Rakvere_kinnistusamet, lk 13
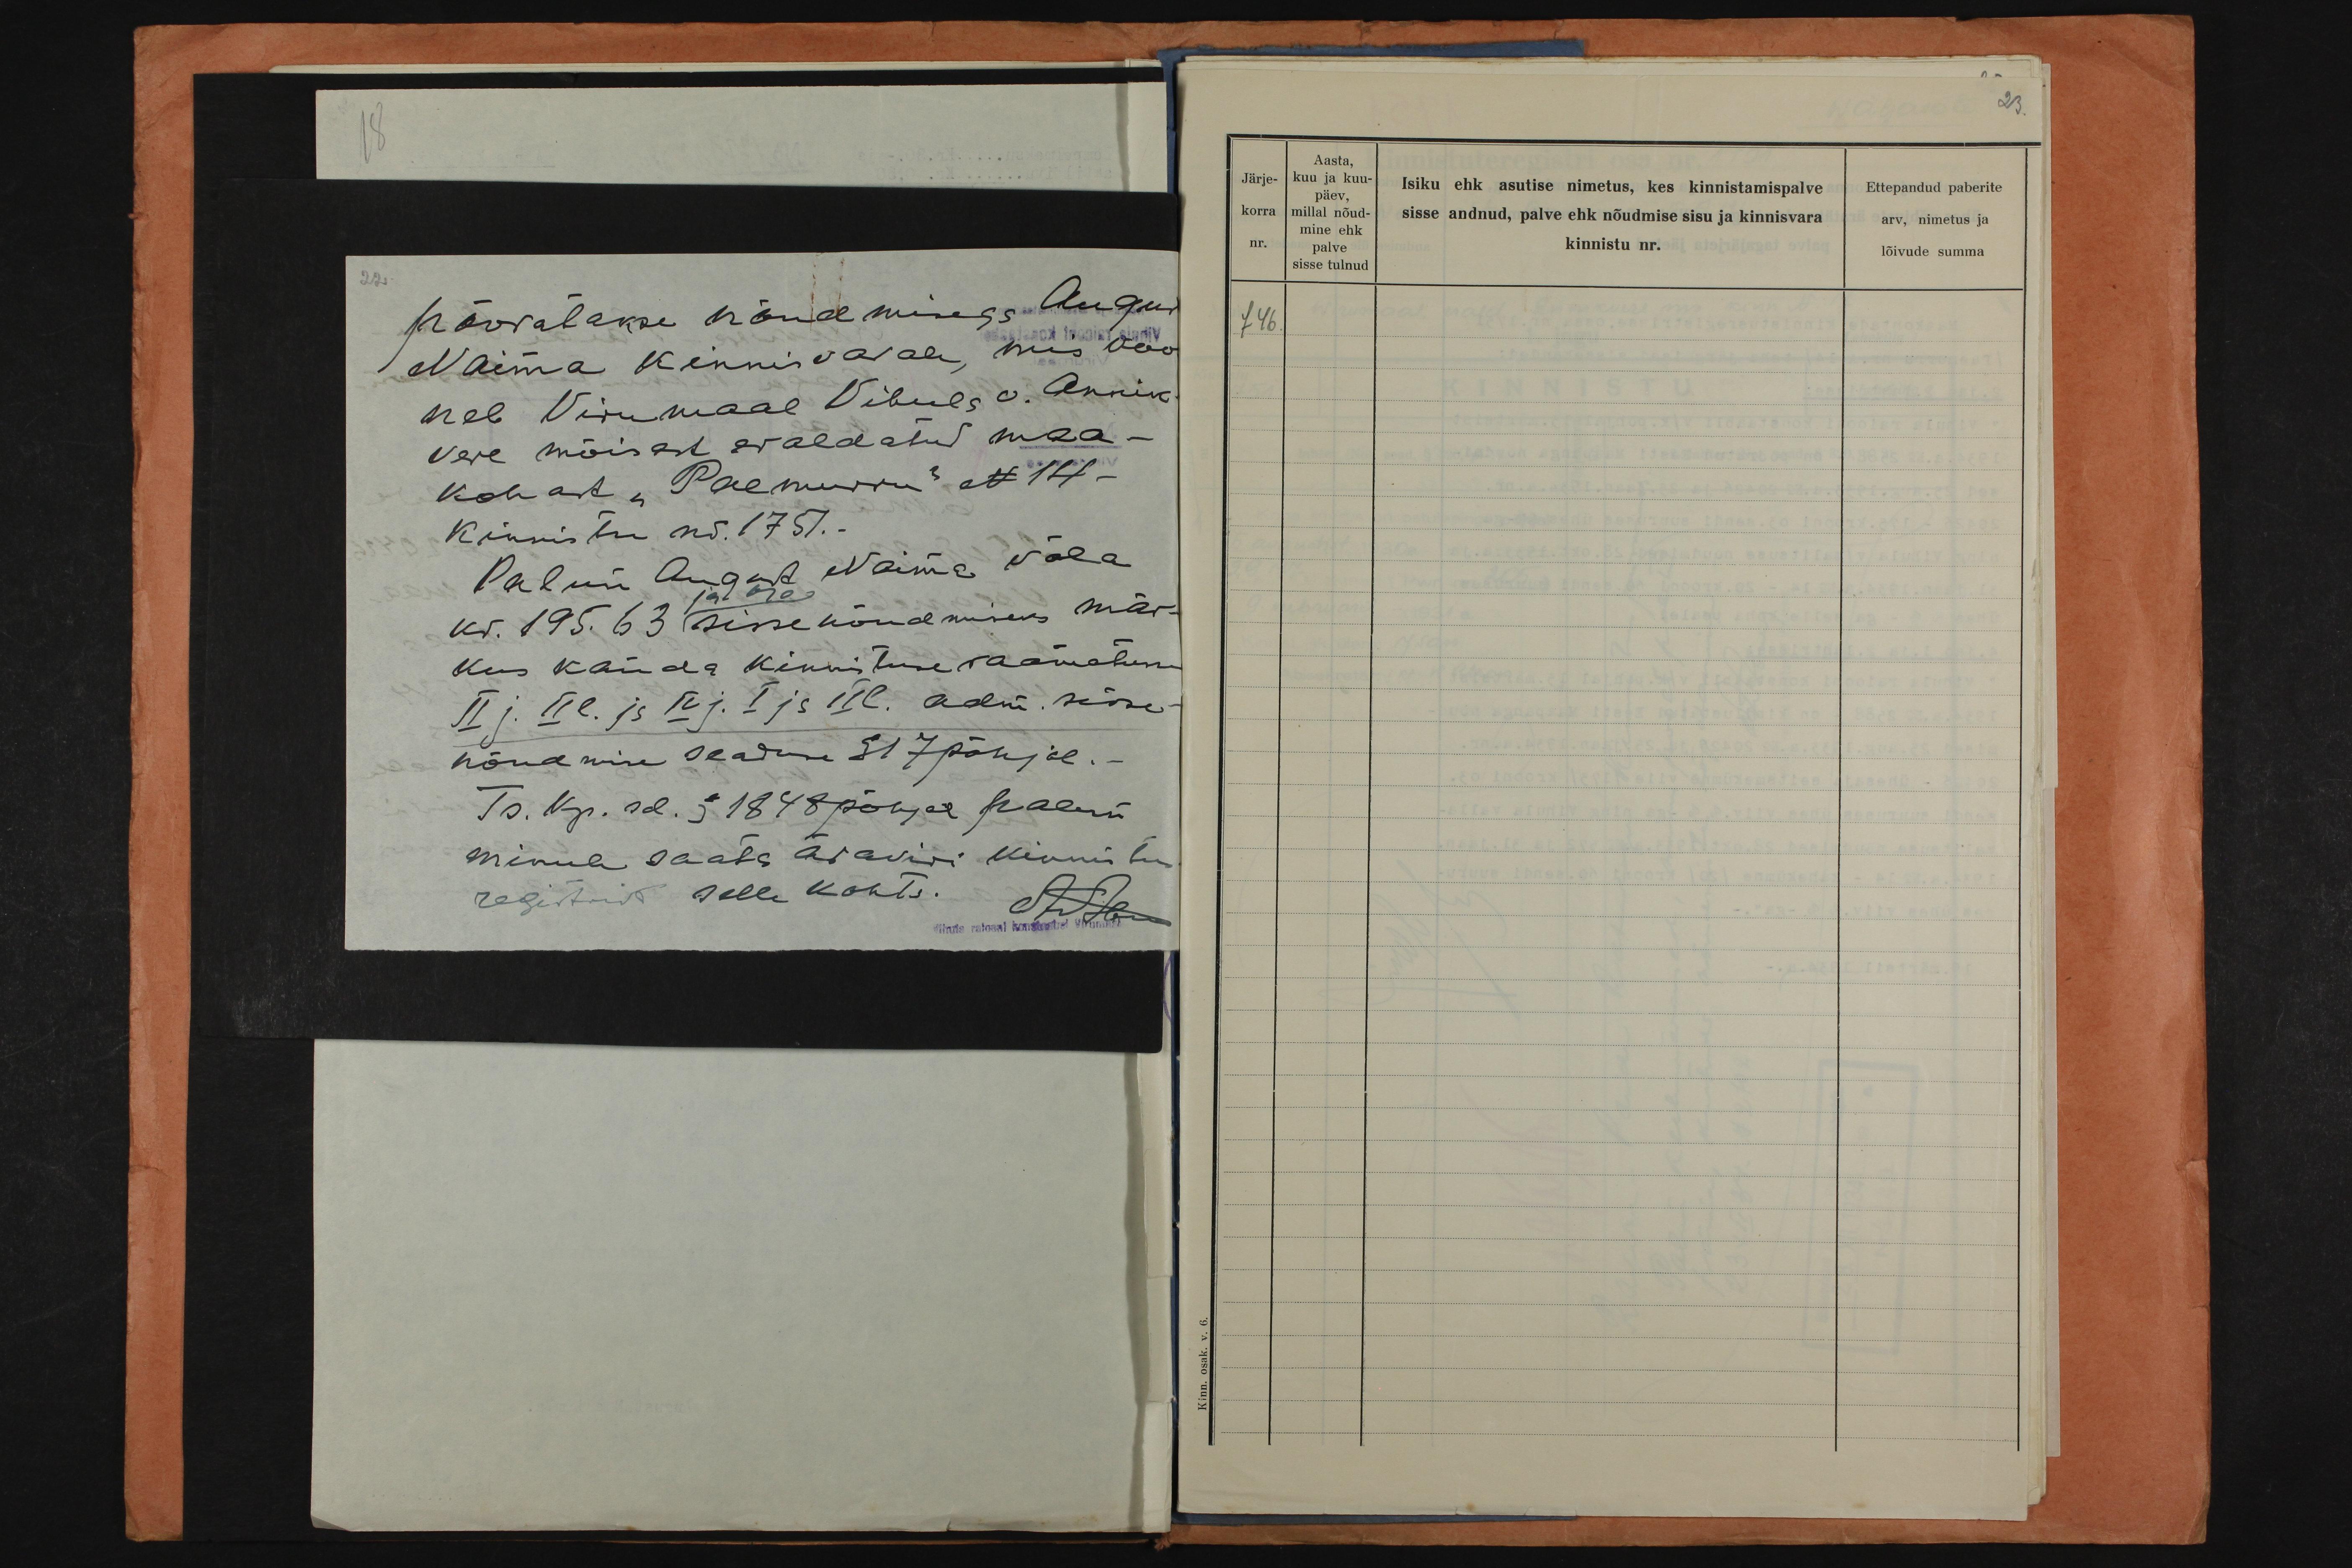
22
pööratakse nõudmisega August
Naima kinnisvarale, mis koo
neb Virumaal Vibula v. Annik-
vere mõisast eraldatud maa-
kohast "Paemurru" N 14 –
kinnistu nr. 1751.-
Palun August Naima võla
ja %
kr. 195. 63 sisse nõudmiseks mär-
kus kanda kinnistuse raamatusse
II j. II l. ja IV j. I ja II l. adm. sisse-
nõudmine seaduse § 17 põhjal. –
Ts. kp. sd. § 1848 põhjal palun
minule saata ärakiri kinnistus
registrist selle kohta.

Järje-
korra
nr.
146.

Aasta,
kuu ja kuu-
päev,
millal nõud-
mine ehk
palve
sisse tulnud

Isiku ehk asutise nimetus, kes kinnistamispalve
sisse andnud, palve ehk nõudmise sisu ja kinnisvara
kinnistu nr.

23.
Ettepandud paberite
arv, nimetus ja
lõivude summa